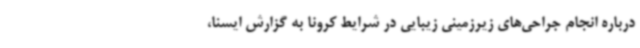
درباره انجام جراحی‌های زیرزمینی زیبایی در شرایط کرونا به گزارش ایسنا،